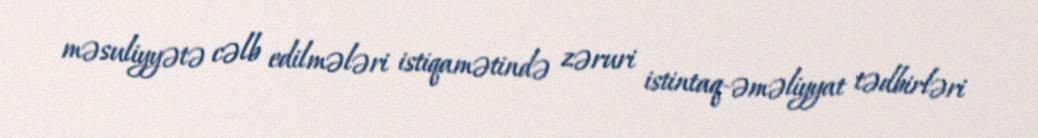
məsuliyyətə cəlb edilmələri istiqamətində zəruri istintaq-əməliyyat tədbirləri